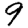
Digit: 9